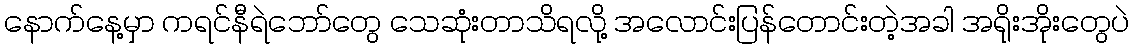
နောက်နေ့မှာ ကရင်နီရဲဘော်တွေ သေဆုံးတာသိရလို့ အလောင်းပြန်တောင်းတဲ့အခါ အရိုးအိုးတွေပဲ